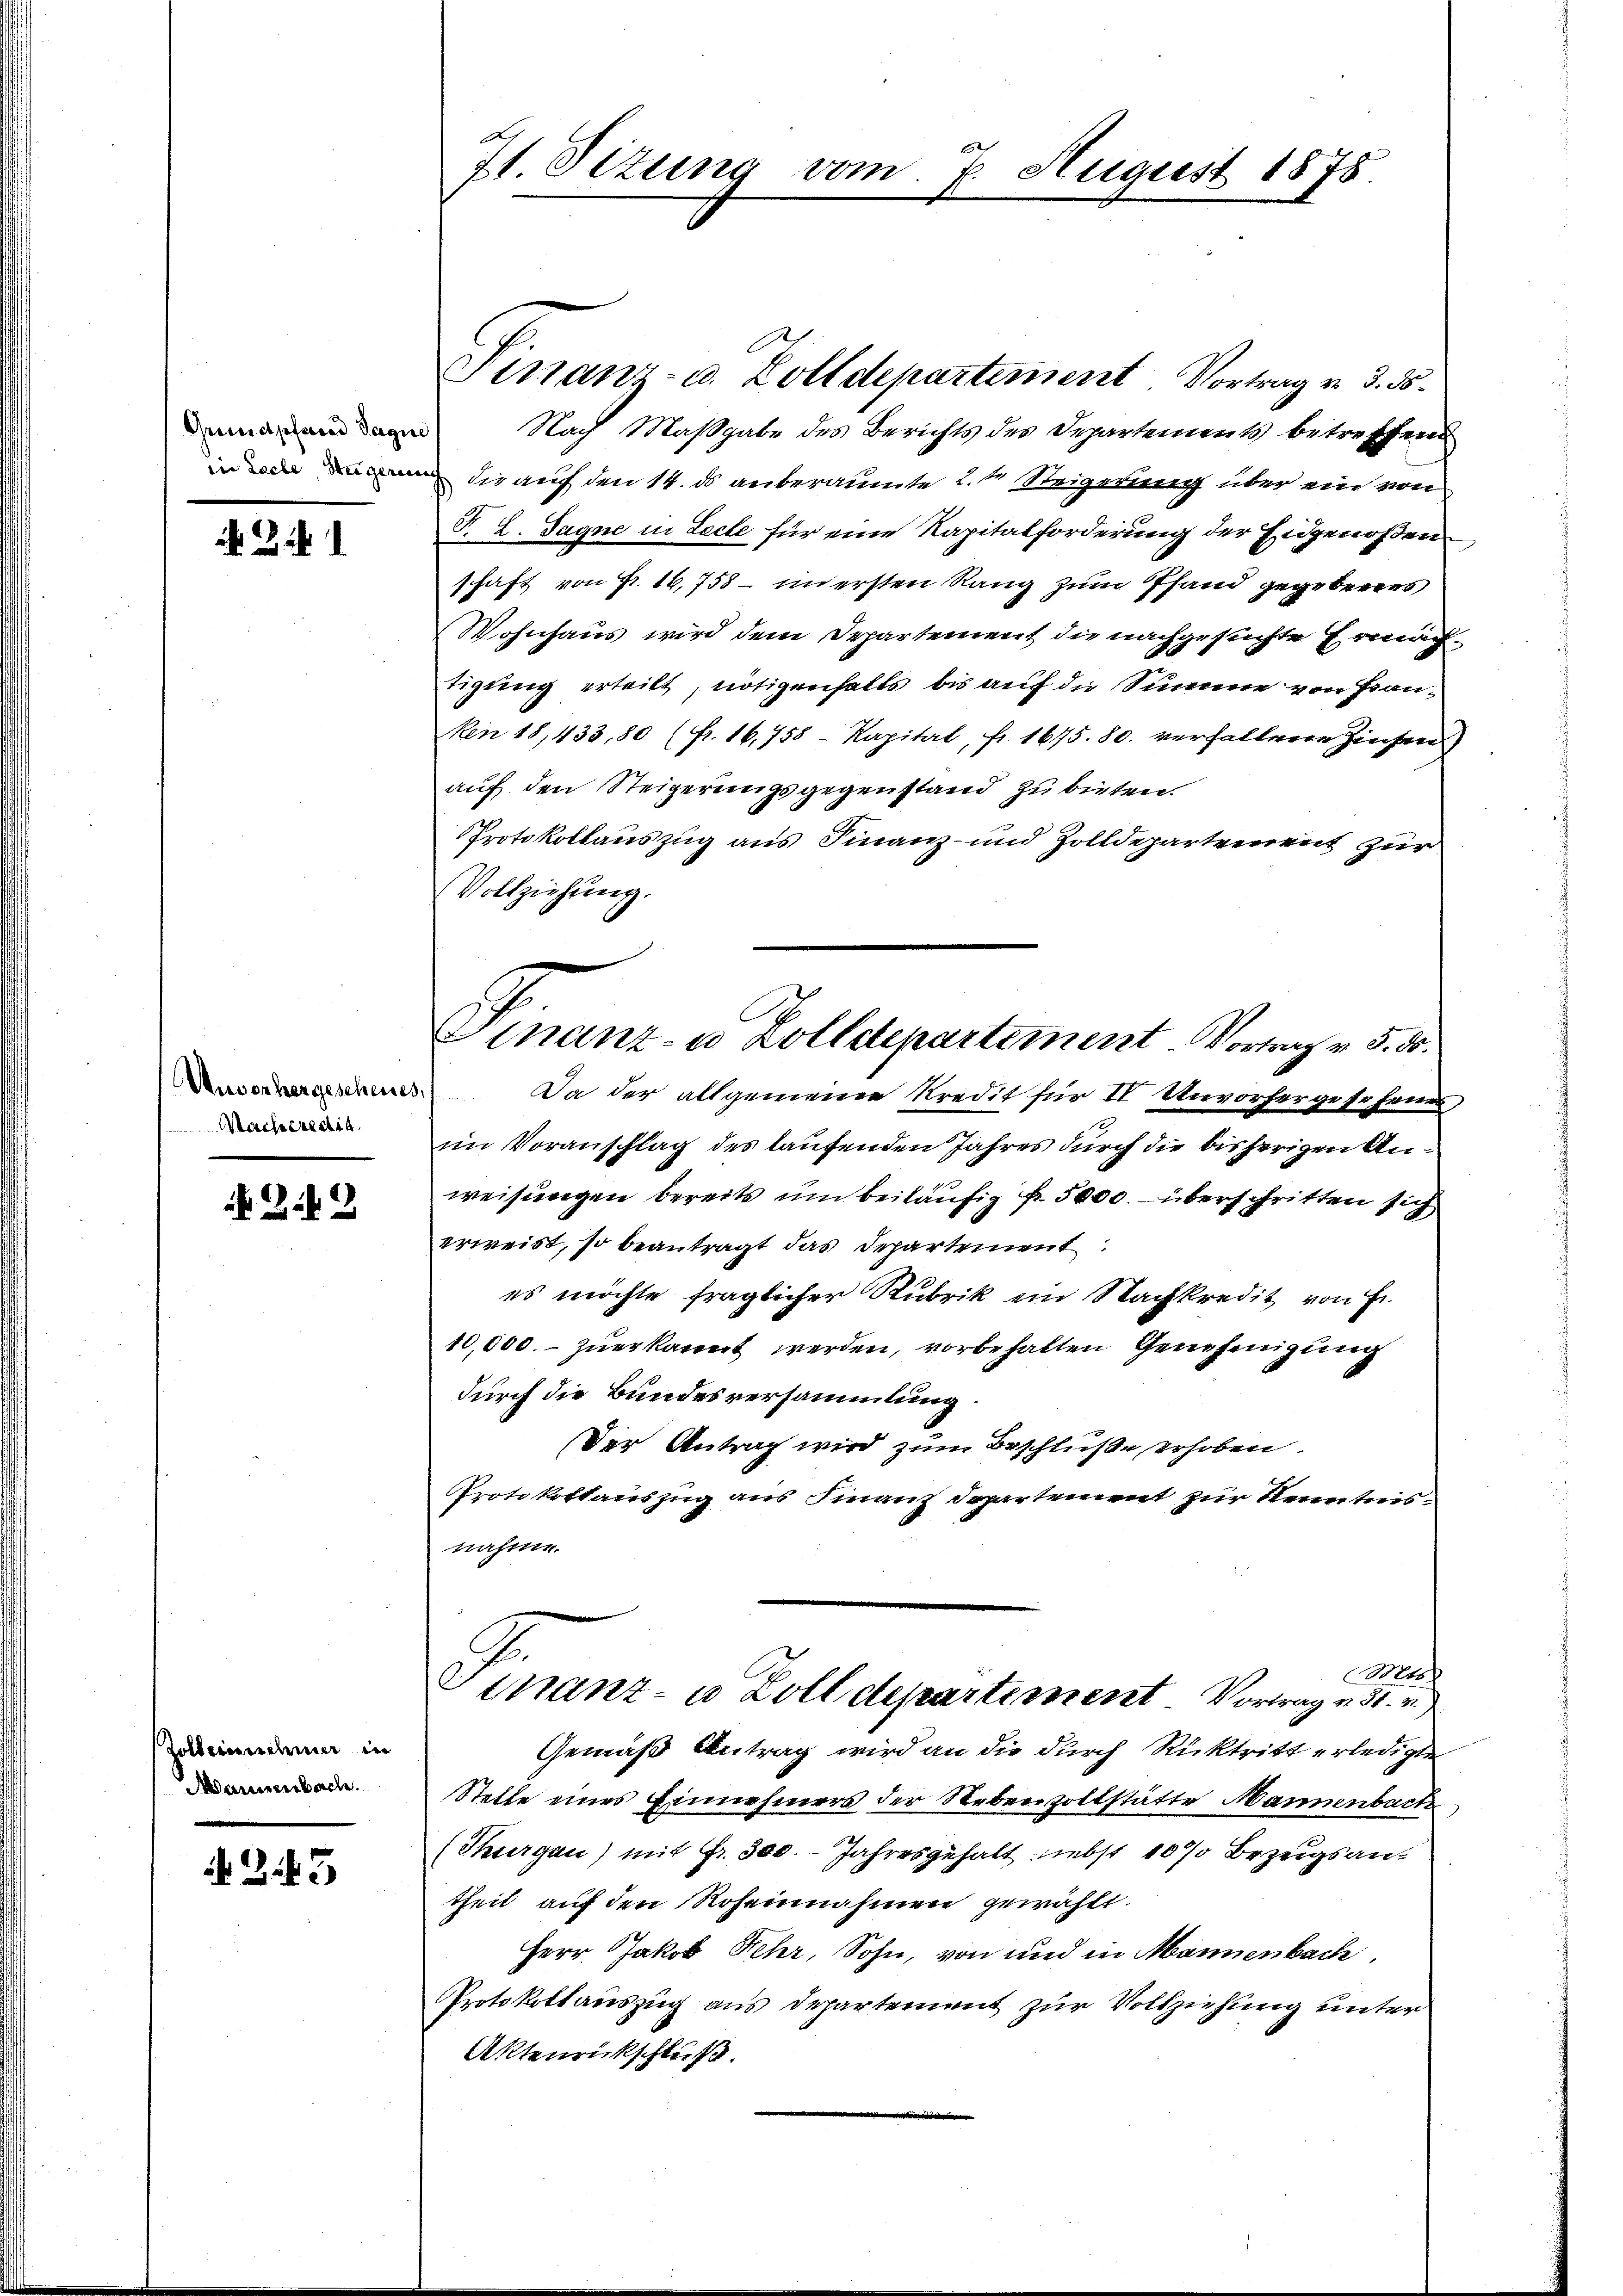
Grundpfarrer Tagu
die Sache Steigerien

Zi

Unvorhergescheines,
Mache credit

N. Z. 2

Zolderinnehmer in
Manienbache.

245

d
ft Sizung vom 7. August 1875

Finanz- u. Zolldepartement Vortrag v. 3. ds.
Nach Maßgabe des Berichts des Departements betreffend
Die auf den 14. ds. anberaumte L. Steigerung über ein von
F. L. Sagne in Lecte für eine Kapitalforderung der Eidgenoßen,
schaft von Fr. 16,758 - in ersten Rang zum Pfand gegebenes
Wohnhaus wird dem Departement die nachgesuchte Ermächtigung erteilt, nötigenhalts bis auf die Summe von Franken 18, 433, 80 (fr. 16,758 - Kapital, fr. 1675. 80. verhaltene Zinsen
auf den Steigerungsgegenstand zu beiten.
Protokollauszug aus Finanz- und Zolldepartement zur
Vollziehung.
Finanz- u Zolldepartement Vortrag v. 5. 50.
Da der allgemeine Kredit für IV Unvorhergesehenes,
im Voranschlag des laufenden Jahres durch die bisherigen Anweisungen bereits um beiläufig fr. 5000. überschritten sich
erweist, so beantragt das Departement:
es möchte fraglicher Rubrik ein Nachkredit von Er
10,000.- zuerkannt werden, vorbehalten Genehmigung
durch die Bundesversammlung
Der Antrag wird zum Beschluße erhoben.
Protokollauszug aus Finanz Departement zur Kenntnisnahme.

Mts.
Sinanz- u. Zolldepartement Vortrag 5. v.

Gemäß Antrag wird an die durch Rücktritt erledigte
Stelle eines Einnehmers der Nebenzoltstätte Mannenbach
(Thurgau) mit Fr. 300. - Jahresgehalt nebst 10% Bezugsan-
theil auf den Rosennahmen gewählt.
Herr Jakob Fehr, Sohn, von und in Mannenbach,
Protokollauszug aus Departement zur Vollziehung unter
Aktenrückschluß.